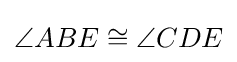
\angle ABE\cong \angle CDE